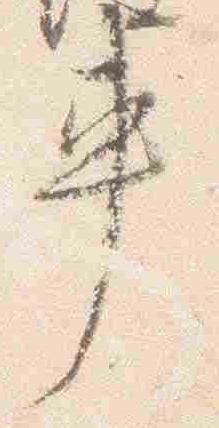
車